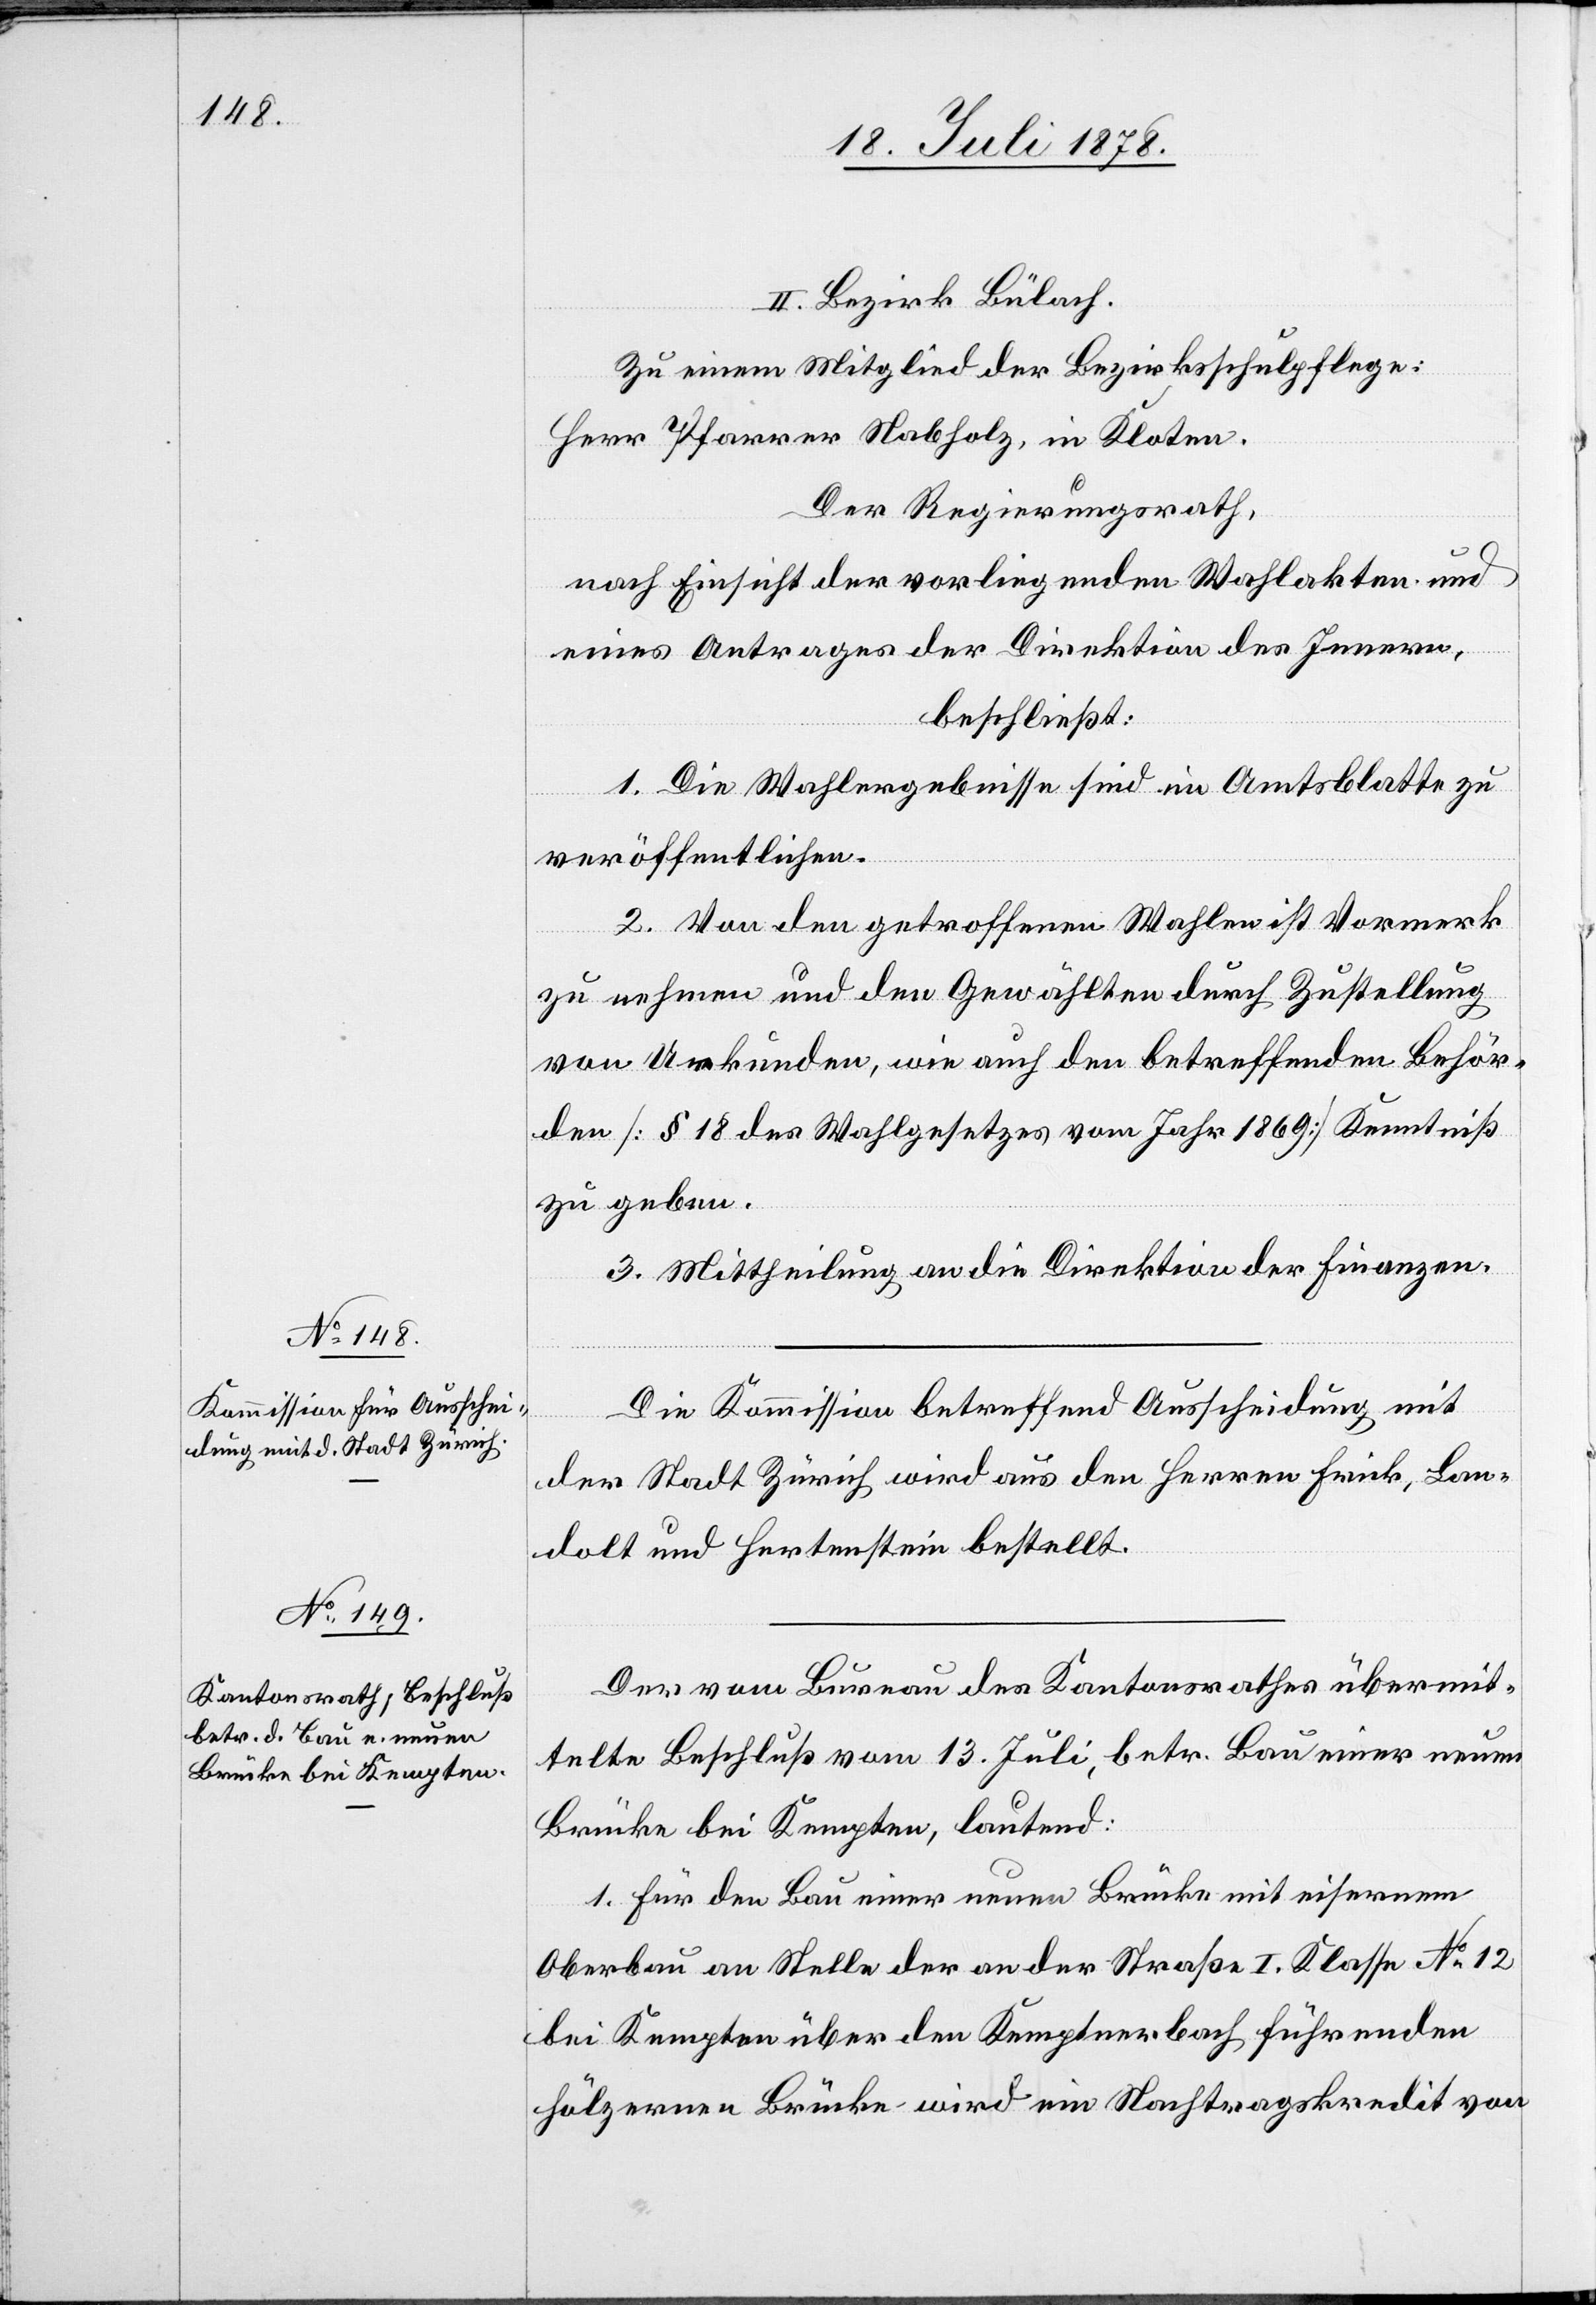
II. Bezirk Bülach.
Zu einem Mitglied der Bezirksschulpflege:
Herr Pfarrer Nabholz, in Kloten.
Der Regierungsrath,
nach Einsicht der vorliegenden Wahlakten und
eines Antrages der Direktion des Innern,
beschließt:
1. Die Wahlergebnisse sind im Amtsblatte zu
veröffentlichen.
2. Von den getroffenen Wahlen ist Vormerk
zu nehmen und den Gewählten durch Zustellung
von Urkunden, wie auch den betreffenden Behör¬
den [§ 18 des Wahlgesetzes vom Jahr 1869] Kenntniß
zu geben.
3. Mittheilung an die Direktion der Finanzen.
Die Kommission betreffend Ausscheidung mit
der Stadt Zürich wird aus den Herren Frick, Lan¬
dolt und Hertenstein bestellt.
Der vom Bureau des Kantonsrathes übermit¬
telte Beschluß vom 13. Juli, betr. Bau einer neuen
Brücke bei Kempten, lautend:
1. Für den Bau einer neuen Brücke mit eisernem
Oberbau an Stelle der an der Straße I. Klasse No 12
bei Kempten über den Kemptnerbach führenden
hölzernen Brücke wird ein Nachtragskredit von